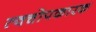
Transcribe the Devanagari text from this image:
त्वचोपकारक